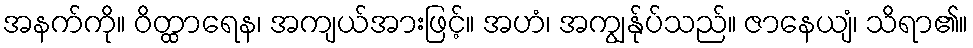
အနက်ကို။ ဝိတ္ထာရေန၊ အကျယ်အားဖြင့်။ အဟံ၊ အကျွန်ုပ်သည်။ ဇာနေယျံ၊ သိရာ၏။